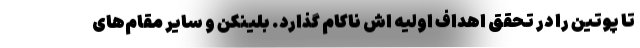
تا پوتین را در تحقق اهداف اولیه اش ناکام گذارد. بلینکن و سایر مقام‌های